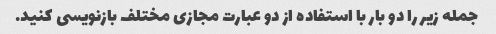
جمله زیر را دو بار با استفاده از دو عبارت مجازی مختلف بازنویسی کنید.